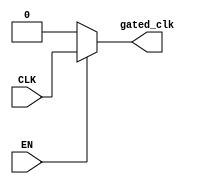
module ClockGating (
    input wire CLK,          // Primary clock signal
    input wire EN,           // Enable signal for clock gating
    output wire gated_clk    // Gated clock signal
);

    // Transmission Gate Implementation
    wire n_EN;  // Inverted enable signal

    // Invert the enable signal
    assign n_EN = ~EN;

    // Gated clock signal using transmission gates
    assign gated_clk = (EN) ? CLK : 1'b0;

endmodule